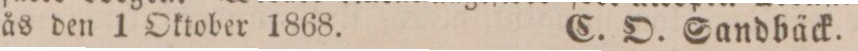
ås den 1 Oktober 1868.    C. O. Sandbäck.